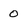
Character: 0